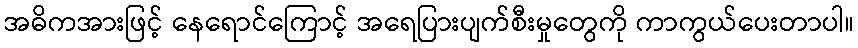
အဓိကအားဖြင့် နေရောင်ကြောင့် အရေပြားပျက်စီးမှုတွေကို ကာကွယ်ပေးတာပါ။